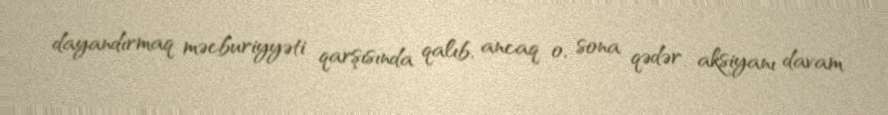
dayandırmaq məcburiyyəti qarşısında qalıb, ancaq o, sona qədər aksiyanı davam